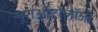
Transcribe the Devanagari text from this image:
न्यूराऑटोलॉजी